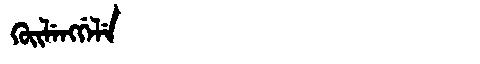
Manchu: ᡴᡠᡳᠯᡝᠩᡤᡝᠯᡝ
Romanization: KUILENGGELE